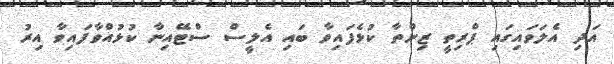
އަދި އެލަވައިގައި ޕްރިތީ ޒިންތާ ކުޅެފައިވާ ބައި އެލީސް ސްޓޭއިނާ ކުޅުއްވާފައިވާ އިރު